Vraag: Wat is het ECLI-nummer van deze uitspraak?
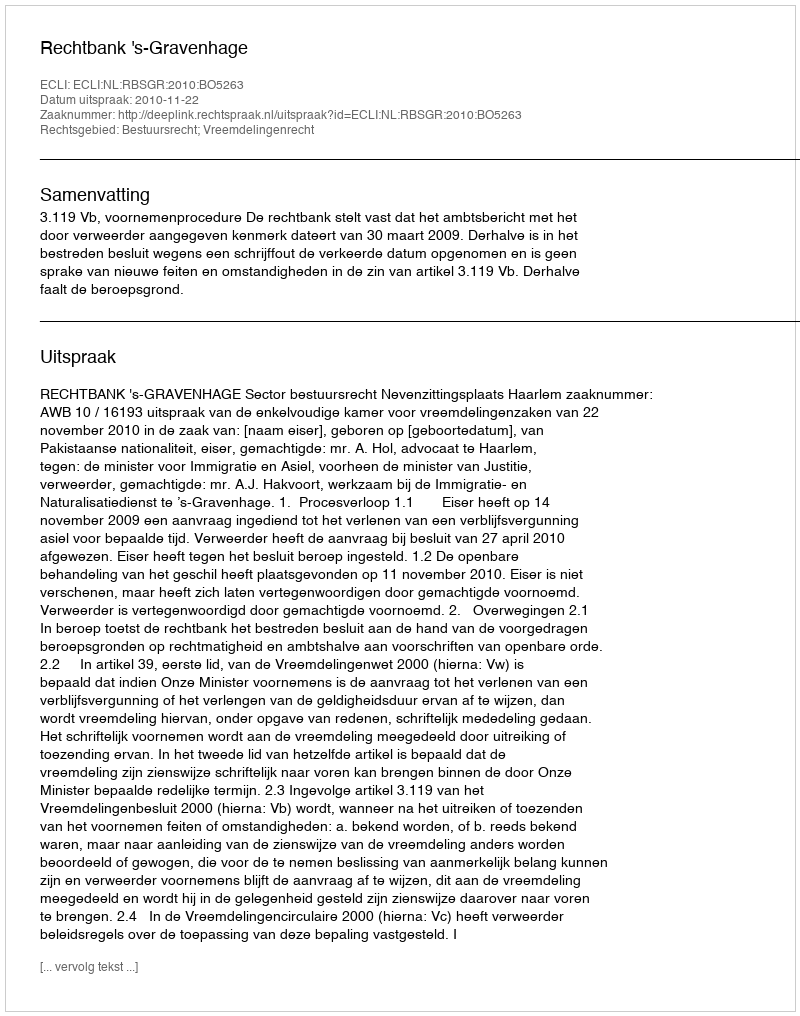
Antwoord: ECLI:NL:RBSGR:2010:BO5263